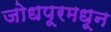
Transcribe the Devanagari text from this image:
जोधपूरमधून